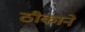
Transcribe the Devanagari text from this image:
ठीकाने